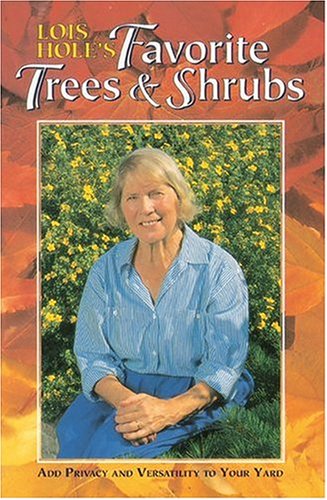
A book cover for Lois Hole's Favorite Trees and Shrubs: Add Privacy and Versatility to Your Yard; Lois Hole; Crafts, Hobbies & Home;